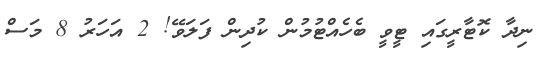
ނިދާ ކޮޓާރީގައި ޓީވީ ބެހެއްޓުމުން ކުދިން ފަލަވޭ! 2 އަހަރު 8 މަސް